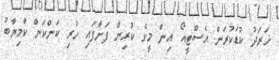
ޚަރަދު ކުޑަކުރަން އެސްޓީއޯ އިން މީގެ ކުރިން ފަށާފައި ހުރި ކަންކަން ކާމިޔާބު